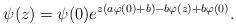
LaTeX: \begin{align*}\psi(z)=\psi(0)e^{z(a\varphi(0)+b)-b\varphi(z)+b\varphi(0)}.\end{align*}